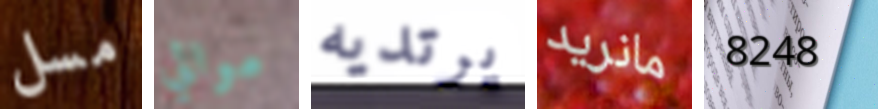
مسل موالي يرتديه مانريد 8248